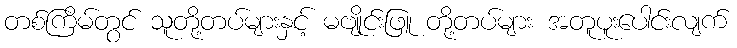
တစ်ကြိမ်တွင် သူတို့တပ်များနှင့် မဗျိုင်းဖြူ တို့တပ်များ အတူပူးပေါင်းလျက်